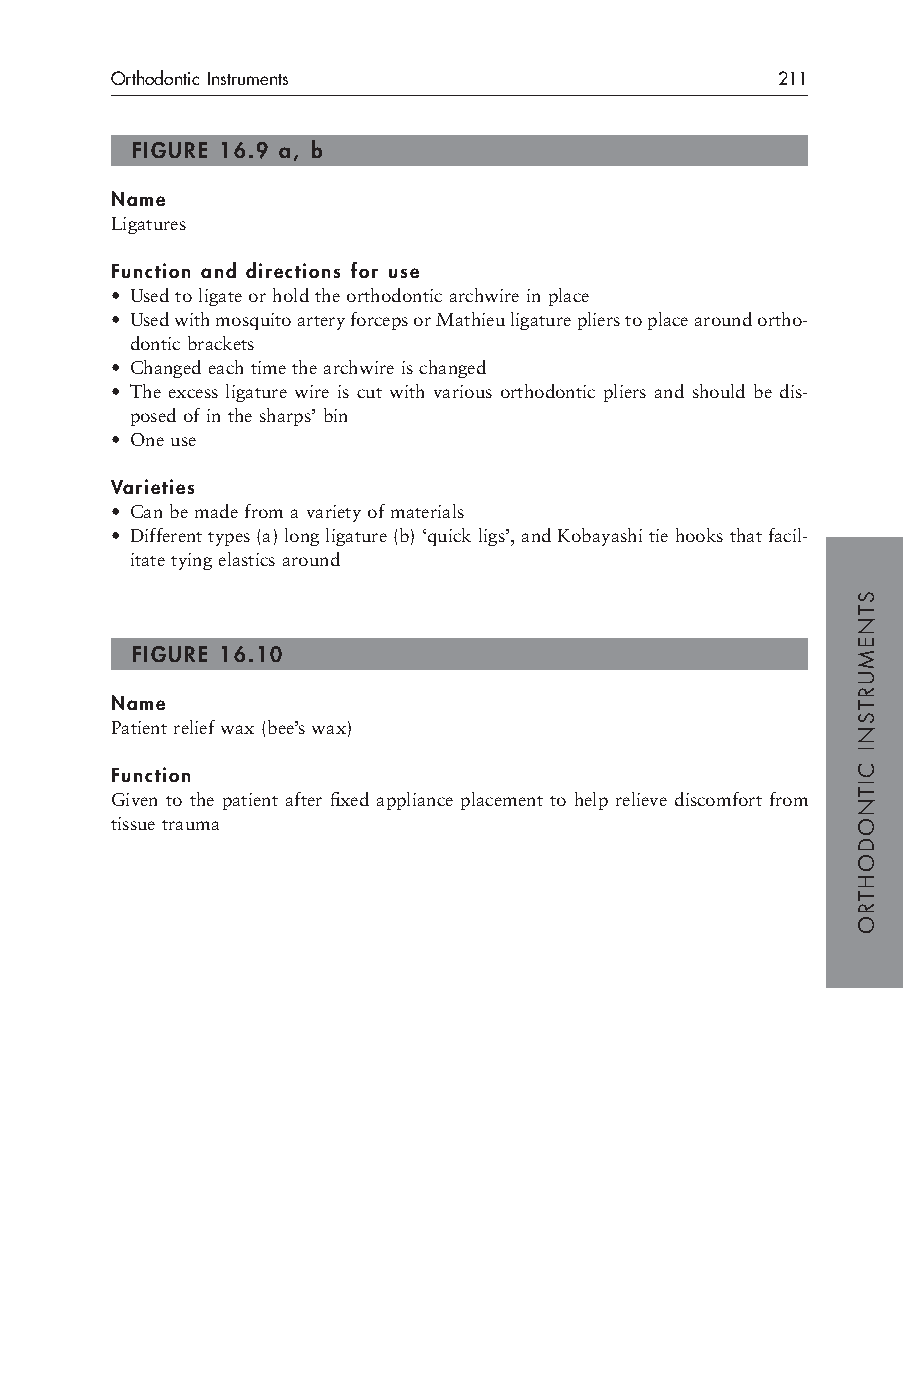
Orthodontic Instruments                     211
 FIGURE 16.9 a, b
 Name
 Ligatures
 Function and directions for use
 • Used to ligate or hold the orthodontic archwire in place
 • Used with mosquito artery forceps or Mathieu ligature pliers to place around ortho-
 dontic brackets
 • Changed each time the archwire is changed
 • The excess ligature wire is cut with various orthodontic pliers and should be dis-
 posed of in the sharps’ bin
 • One use
 Varieties
 • Can be made from a variety of materials
 • Different types (a) long ligature (b) ‘quick ligs’, and Kobayashi tie hooks that facil-
 itate tying elastics around
 FIGURE 16.10
 Name
 Patient relief wax (bee’s wax)
 Function
 Given to the patient after fixed appliance placement to help relieve discomfort from
 tissue trauma
 STNEMURTSNI
 CITNODOHTRO